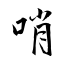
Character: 哨